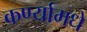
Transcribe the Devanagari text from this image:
कर्ण्यामधे